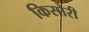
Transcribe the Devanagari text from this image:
किसोरी